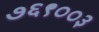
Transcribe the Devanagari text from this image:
७६९००३